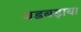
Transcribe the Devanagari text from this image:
बड़बड़ाया